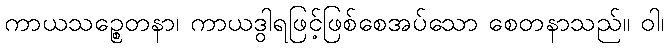
ကာယသဉ္စေတနာ၊ ကာယဒွါရဖြင့်ဖြစ်စေအပ်သော စေတနာသည်။ ဝါ၊